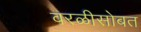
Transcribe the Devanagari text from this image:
वरळीसोबत